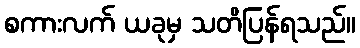
စကားလက် ယခုမှ သတိပြန်ရသည်။